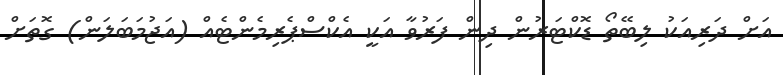
އަށް ދަރިއަކު ލިބޭތޯ ޑޮކްޓަރުން ދިން ފަރުވާ އަކީ އެކްސްޕެރިމެންޓެއް (އަޖުމަބަލަން) ގޮތަށް